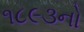
૧૮૯૩નો